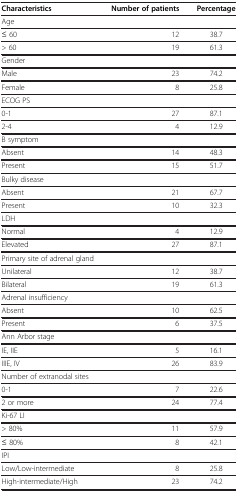
<table><thead><tr><td><b>Characteristics</b></td><td><b>Number of patients</b></td><td><b>Percentage</b></td></tr></thead><tbody><tr><td>Age</td><td> </td><td> </td></tr><tr><td>≤ 60</td><td>12</td><td>38.7</td></tr><tr><td>&gt; 60</td><td>19</td><td>61.3</td></tr><tr><td>Gender</td><td> </td><td> </td></tr><tr><td>Male</td><td>23</td><td>74.2</td></tr><tr><td>Female</td><td>8</td><td>25.8</td></tr><tr><td>ECOG PS</td><td> </td><td> </td></tr><tr><td>0-1</td><td>27</td><td>87.1</td></tr><tr><td>2-4</td><td>4</td><td>12.9</td></tr><tr><td>B symptom</td><td> </td><td> </td></tr><tr><td>Absent</td><td>14</td><td>48.3</td></tr><tr><td>Present</td><td>15</td><td>51.7</td></tr><tr><td>Bulky disease</td><td> </td><td> </td></tr><tr><td>Absent</td><td>21</td><td>67.7</td></tr><tr><td>Present</td><td>10</td><td>32.3</td></tr><tr><td>LDH</td><td> </td><td> </td></tr><tr><td>Normal</td><td>4</td><td>12.9</td></tr><tr><td>Elevated</td><td>27</td><td>87.1</td></tr><tr><td>Primary site of adrenal gland</td><td> </td><td> </td></tr><tr><td>Unilateral</td><td>12</td><td>38.7</td></tr><tr><td>Bilateral</td><td>19</td><td>61.3</td></tr><tr><td>Adrenal insufficiency</td><td> </td><td> </td></tr><tr><td>Absent</td><td>10</td><td>62.5</td></tr><tr><td>Present</td><td>6</td><td>37.5</td></tr><tr><td>Ann Arbor stage</td><td> </td><td> </td></tr><tr><td>IE, IIE</td><td>5</td><td>16.1</td></tr><tr><td>IIIE, IV</td><td>26</td><td>83.9</td></tr><tr><td>Number of extranodal sites</td><td> </td><td> </td></tr><tr><td>0-1</td><td>7</td><td>22.6</td></tr><tr><td>2 or more</td><td>24</td><td>77.4</td></tr><tr><td>Ki-67 LI</td><td> </td><td> </td></tr><tr><td>&gt; 80%</td><td>11</td><td>57.9</td></tr><tr><td>≤ 80%</td><td>8</td><td>42.1</td></tr><tr><td>IPI</td><td> </td><td> </td></tr><tr><td>Low/Low-intermediate</td><td>8</td><td>25.8</td></tr><tr><td>High-intermediate/High</td><td>23</td><td>74.2</td></tr></tbody></table>